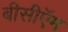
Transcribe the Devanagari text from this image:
बीसीऍम